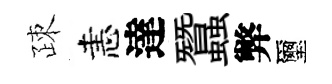
疎恚達蠶弊璽